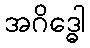
အဂိဒ္ဓေါ